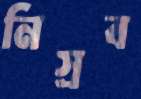
নিস্রব